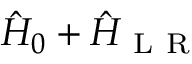
\hat { H } _ { 0 } + \hat { H } _ { \mathrm { ~ L ~ R ~ } }